system: You are a helpful assistant.
user:
Analyze the provided spectrum to determine if it is a **White Dwarf (WD)**.

A White Dwarf spectrum is defined by its **extreme purity** (due to gravitational settling) and/or **extreme pressure broadening** (due to high surface gravity). You must check for one of the following mutually exclusive signatures:

- **Key Visual Indicators (Check for ONE of these types):**

    - **1. DA-Type Signature (Most Common):**
        - **(Primary Feature):** Extreme pressure broadening (Stark broadening) of the **Hydrogen (H) Balmer lines**.
        - **(Key Lines):** $H\beta$ (approx. $4861$ Å) and $H\gamma$ (approx. $4340$ Å). $H\alpha$ (approx. $6563$ Å) will also be present if the wavelength range covers it.
        - **(Line Profile):** This is the **defining feature**. The lines are **NOT** sharp. They appear as massive, **extremely broad and deep "troughs" or "dips"** in the spectrum, often hundreds of Ångströms wide. The continuum will appear to "scoop" down at these wavelengths.
        - **(Distinction):** Normal A-type or B-type stars have *narrow* and *sharp* Hydrogen lines. A DA White Dwarf's lines are unmistakably "smeared" or "blurry" from pressure.

    - **2. DB-Type Signature:**
        - **(Primary Feature):** Broad absorption lines from **Neutral Helium (He I)**. The spectrum must lack any visible Hydrogen lines.
        - **(Key Lines):** Look for broad absorption near $4471$ Å, $4921$ Å, and $5876$ Å.
        - **(Line Profile):** These lines are also significantly pressure-broadened, appearing much wider than they would in a normal B-type main-sequence star.

    - **3. DC-Type Signature:**
        - **(Primary Feature):** A **featureless continuous spectrum**.
        - **(Line Profile):** The spectrum is a smooth curve with **no significant absorption or emission lines**.
        - **(Key Confirmation):** The continuum is almost always **blue or white**, indicating a hot object. This signature implies the atmosphere is so pure (or so cool) that no spectral lines are visible in the optical range. Its WD identity is confirmed by its extremely low intrinsic brightness (high absolute magnitude).

    - **4. DZ-Type Signature (Metal-Polluted):**
        - **(Primary Feature):** **Isolated, narrow metal absorption lines** on an otherwise featureless (DC-like) continuum.
        - **(Key Lines):** The **Calcium (Ca II) H & K doublet** (approx. **$3934$ Å** and **$3968$ Å**) is the most common and defining feature.
        - **(Line Profile):** These lines are "out of place." They are *not* part of a "forest" of thousands of lines. This signature is evidence of recent *accretion* (pollution) from rocky debris.
        - **(Distinction):** Normal G/K/M stars have a *dense forest* of thousands of metal lines. A DZ has a *clean* continuum with *only a few* strong metal lines.

    - **5. DQ-Type Signature (Carbon-Polluted):**
        - **(Primary Feature):** Absorption bands from **Carbon (C₂ "Swan Bands" or atomic C I)**.
        - **(Key Lines - C₂):** Look for bandheads with a "saw-tooth" shape near $5635$ Å, **$5165$ Å** (strongest), and $4737$ Å.
        - **(Key Confirmation):** The underlying **continuum must be blue or white** (hot).
        - **(Distinction):** This is the critical difference from a **Carbon Star**, which has the *exact same* C₂ bands but on an extremely **red, cool** continuum.

- **(Overall Spectrum):**
    - The continuum (overall shape) is typically **blue-sloping** (brighter in the blue than the red), as most white dwarfs are very hot.
    - The spectrum will look "pure" or "simple," dominated by only *one* of the five signatures listed above.

Think first, call **spectral_visualization_tool** if needed to examine features in detail, then provide your final answer. Your response must adhere to the following strict rules:
1.  **Overall Structure:** Your response must follow the format `<think>...</think> <tool_call>...</tool_call> (if a tool is used) <answer>...</answer>`.
2.  **Tool Usage Constraint:** You may only make **one** tool call per turn.
3.  **Final Answer Format:** In the `<answer>` tag, your conclusion must be inside a `\boxed{}` command (e.g., `\boxed{YES}` or `\boxed{NO}`), followed by your justification.

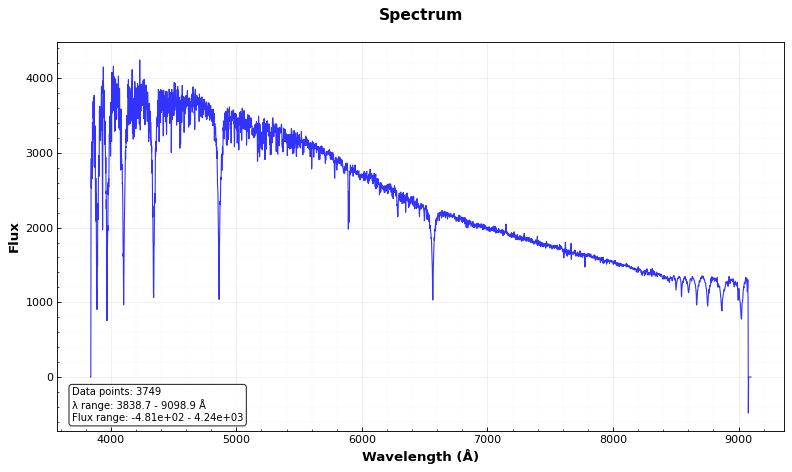
Answer: NO